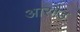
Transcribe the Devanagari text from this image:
आरगैड